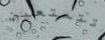
تتمتعين